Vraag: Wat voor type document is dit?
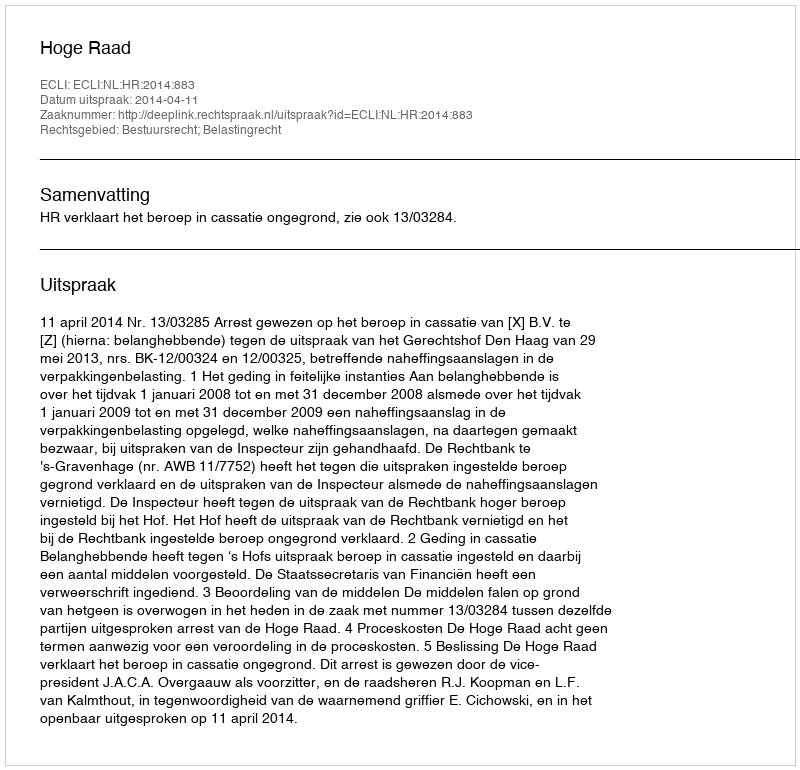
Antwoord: Uitspraak